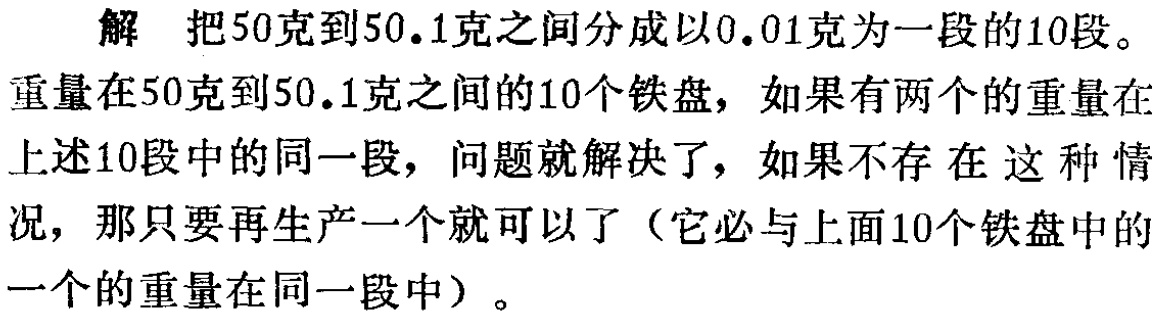
解 把50克到50.1克之间分成以0.01克为一段的10段。

重量在50克到50.1克之间的10个铁盘，如果有两个的重量在

上述10段中的同一段，问题就解决了，如果不存在 这种情

况，那只要再生产一个就可以了（它必与上面10个铁盘中的

一个的重量在同一段中）。